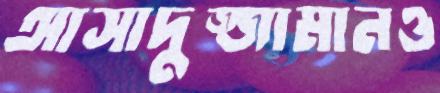
আসাদুজ্জামানও